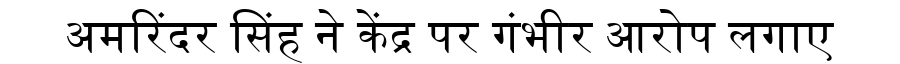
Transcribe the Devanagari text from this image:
अमरिंदर सिंह ने केंद्र पर गंभीर आरोप लगाए